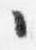
々